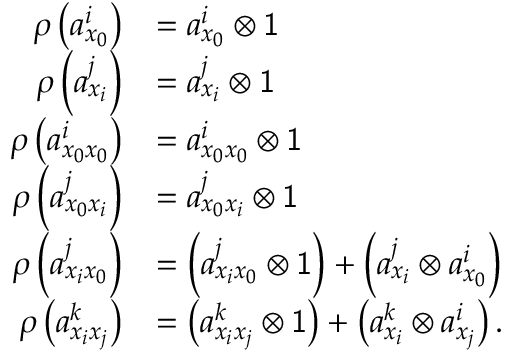
\begin{array} { r l } { \rho \left( a _ { x _ { 0 } } ^ { i } \right) } & { = a _ { x _ { 0 } } ^ { i } \otimes \mathsf { 1 } } \\ { \rho \left( a _ { x _ { i } } ^ { j } \right) } & { = a _ { x _ { i } } ^ { j } \otimes \mathsf { 1 } } \\ { \rho \left( a _ { x _ { 0 } x _ { 0 } } ^ { i } \right) } & { = a _ { x _ { 0 } x _ { 0 } } ^ { i } \otimes \mathsf { 1 } } \\ { \rho \left( a _ { x _ { 0 } x _ { i } } ^ { j } \right) } & { = a _ { x _ { 0 } x _ { i } } ^ { j } \otimes \mathsf { 1 } } \\ { \rho \left( a _ { x _ { i } x _ { 0 } } ^ { j } \right) } & { = \left( a _ { x _ { i } x _ { 0 } } ^ { j } \otimes \mathsf { 1 } \right) + \left( a _ { x _ { i } } ^ { j } \otimes a _ { x _ { 0 } } ^ { i } \right) } \\ { \rho \left( a _ { x _ { i } x _ { j } } ^ { k } \right) } & { = \left( a _ { x _ { i } x _ { j } } ^ { k } \otimes \mathsf { 1 } \right) + \left( a _ { x _ { i } } ^ { k } \otimes a _ { x _ { j } } ^ { i } \right) . } \end{array}